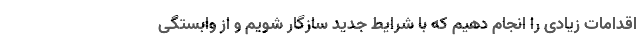
اقدامات زیادی را انجام دهیم که با شرایط جدید سازگار شویم و از وابستگی